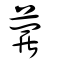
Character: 蘿